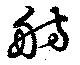
舫